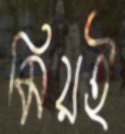
মিয়ই